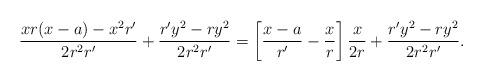
LaTeX: \begin{align*}{x r (x - a) - x^2 r' \over 2 r^2 r'} + {r' y^2 - r y^2 \over 2 r^2 r'} = \left [{x - a \over r'} - {x \over r} \right ] {x \over 2 r} + {r' y^2 - r y^2 \over 2 r^2 r'}.\end{align*}